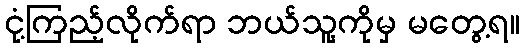
ငုံ့ကြည့်လိုက်ရာ ဘယ်သူ့ကိုမှ မတွေ့ရ။